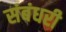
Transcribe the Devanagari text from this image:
संबंधरी